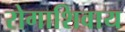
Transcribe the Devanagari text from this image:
रोगाशिवाय